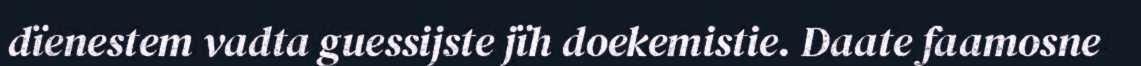
dïenestem vadta guessijste jïh doekemistie. Daate faamosne